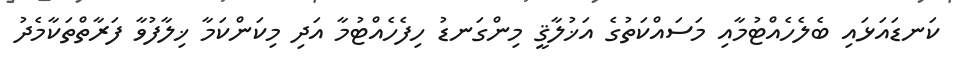
ކަނޑައަޅައި ބެލެހެއްޓުމާއި މަސައްކަތުގެ އަޚުލާޤީ މިންގަނޑު ހިފެހެއްޓުމާ އަދި މިކަންކަމާ ޚިލާފުވާ ފަރާތްތަކާމެދު